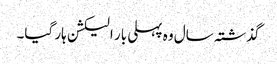
گذشتہ سال وہ پہلی بار الیکشن ہار گیا۔